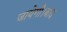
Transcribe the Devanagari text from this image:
जायेगी।बाद